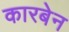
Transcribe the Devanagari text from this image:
कारबेन